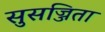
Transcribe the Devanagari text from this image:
सुसज्जिता